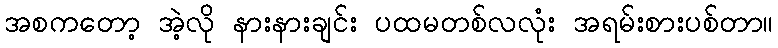
အစကတော့ အဲ့လို နားနားချင်း ပထမတစ်လလုံး အရမ်းစားပစ်တာ။